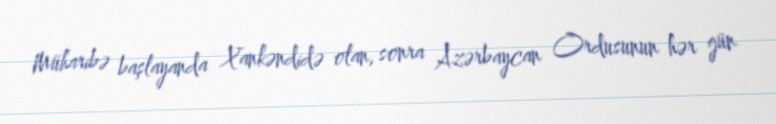
Müharibə başlayanda Xankəndidə olan, sonra Azərbaycan Ordusunun hər gün